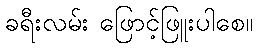
ခရီးလမ်း ဖြောင့်ဖြူးပါစေ။